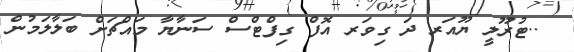
..ޓުރޫލީ ޔޫއަރ ދަ ގިވަރ އޮފް ގިފްޓްސް ސަނާޔާ މައްޗަށް ބަލާލަމުން